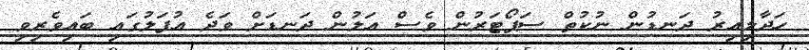
ހަދާލިއިރު ދަނޑުން ނުކުތް ސަޕޯޓަރުން ވެސް އަލުން ދަނޑަށް ވަދެ އުފަލުގައި ބައިވެރިވި